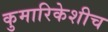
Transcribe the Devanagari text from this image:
कुमारिकेशीच